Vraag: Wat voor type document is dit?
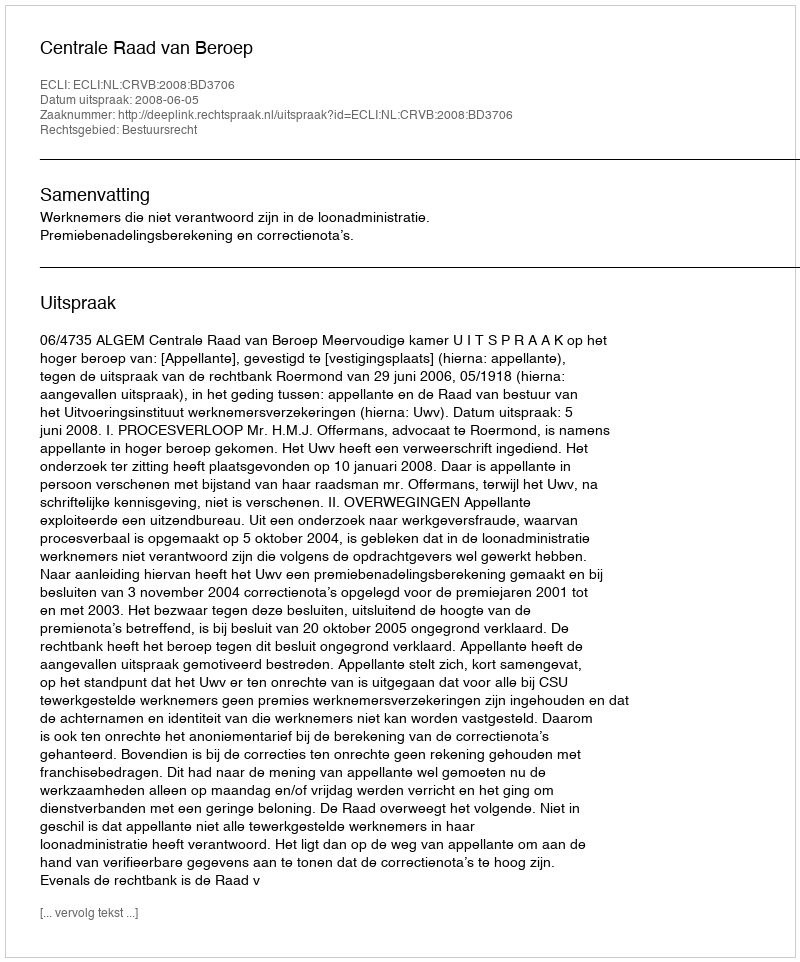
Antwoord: Uitspraak